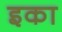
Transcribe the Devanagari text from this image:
इका